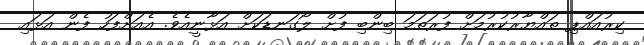
ކިރުއައްޕި ތައްޔާރުކުރުމަށް ފުރަތަމަ ބިންބި ފުށް ލޯގަނޑަކަށް އަޅާނީއެވެ. އެއަށްފަހު ފެން އަޅައި